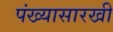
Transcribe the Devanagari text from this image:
पंख्यासारखी